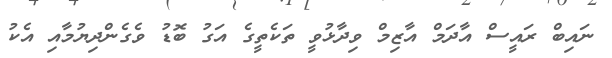
ނައިބް ރައީސް އާދަމް އާޒިމް ވިދާޅުވީ ތަކެތީގެ އަގު ބޮޑު ވެގެންދިޔުމާއި އެކު